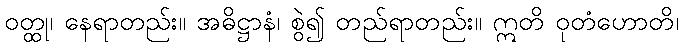
ဝတ္ထု၊ နေရာတည်း။ အဓိဋ္ဌာနံ၊ စွဲ၍ တည်ရာတည်း။ ဣတိ ဝုတံဟောတိ၊